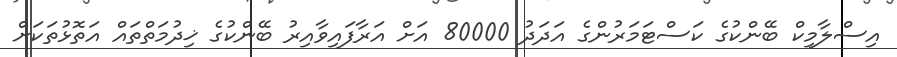
އިސްލާމިކް ބޭންކުގެ ކަސްޓަމަރުންގެ އަދަދު 80000 އަށް އަރާފައިވާއިރު ބޭންކުގެ ޚިދުމަތްތައް އަތޮޅުތަަކަށް